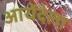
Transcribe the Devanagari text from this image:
आयेंदेला